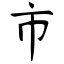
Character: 市